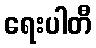
ရေးပါတီ